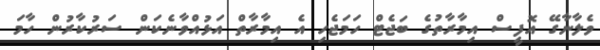
ވެލާނާގޭ އޮފީސް އިމާރާތުގެ ބަޖެޓް ހަމަޖެހި އެ އިމާރާތް އަޅުއްވާނެކަން ސަރުކާރުން ހާމަ